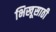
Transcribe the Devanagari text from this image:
भिखूसाठी